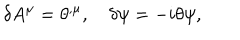
LaTeX: \delta A ^ { \mu } = \theta ^ { , \mu } , \quad \delta \psi = - i \theta \psi ,